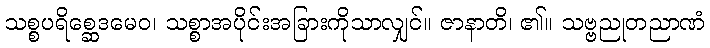
သစ္စပရိစ္ဆေဒမေဝ၊ သစ္စာအပိုင်းအခြားကိုသာလျှင်။ ဇာနာတိ၊ ၏။ သဗ္ဗညုတညာဏံ